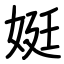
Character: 娗